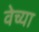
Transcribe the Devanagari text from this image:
वेच्या